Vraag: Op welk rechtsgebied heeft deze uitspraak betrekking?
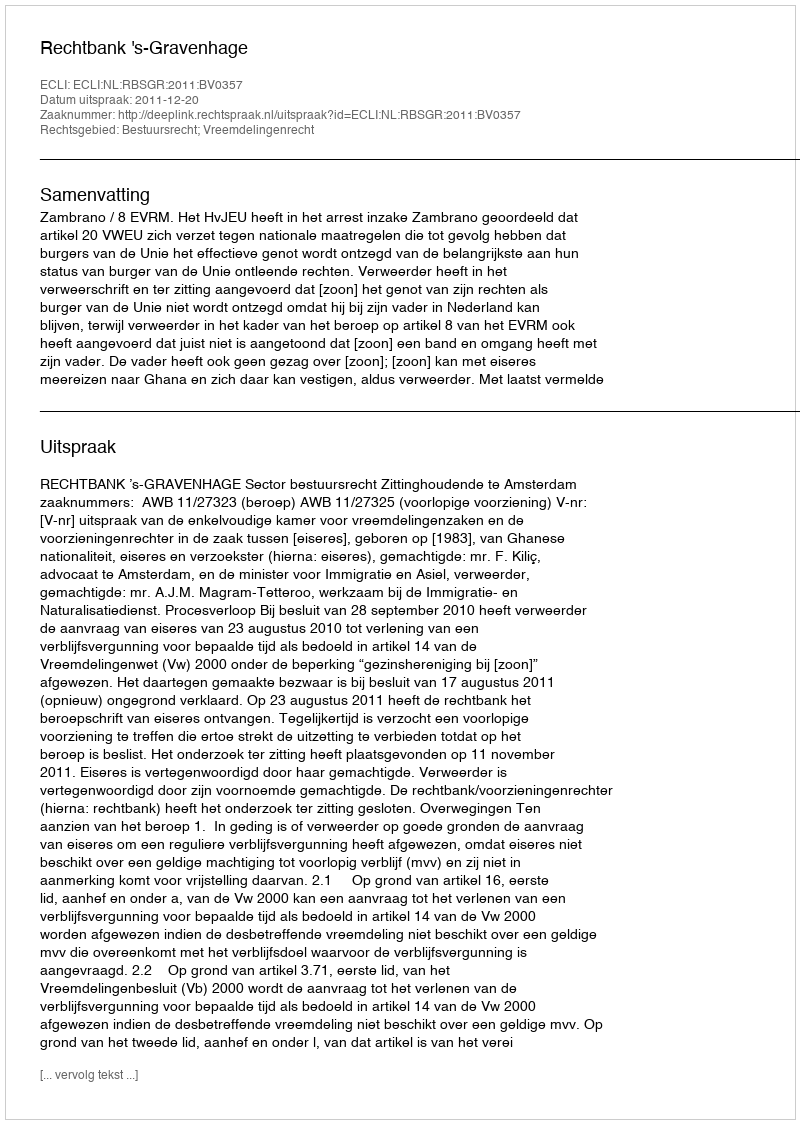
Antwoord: Bestuursrecht; Vreemdelingenrecht